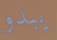
يبدو